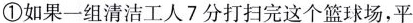
①如果一组清洁工人7分打扫完这个篮球场，平